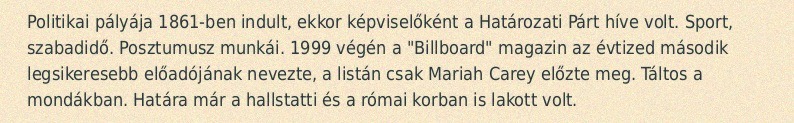
Politikai pályája 1861-ben indult, ekkor képviselőként a Határozati Párt híve volt. Sport, szabadidő. Posztumusz munkái. 1999 végén a "Billboard" magazin az évtized második legsikeresebb előadójának nevezte, a listán csak Mariah Carey előzte meg. Táltos a mondákban. Határa már a hallstatti és a római korban is lakott volt.